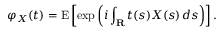
\varphi _ { X } ( t ) = \operatorname { E } \left[ \exp \left( i \int _ { \mathbf { R } } t ( s ) X ( s ) \, d s \right) \right] .